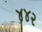
૪૪૨